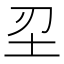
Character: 𡉔